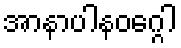
အာနာပါနဝဂ္ဂေါ